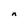
Character: n